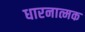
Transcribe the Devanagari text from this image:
धारनात्मक